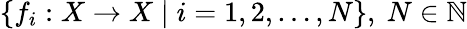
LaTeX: \{ f_{i}:X\to X\mid i=1,2,\dots,N\} ,\ N\in\mathbb{N}